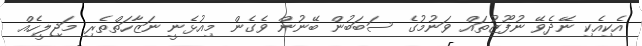
އެކިއެކި ނޭދެވޭ ނުފޫޒުތައް ވަނުމުގެ ސަބަބުން ބޭނުން ވެގެން މިއުޅެނީ ނަޒާހަތްތެރި މަޖިލީހެއް